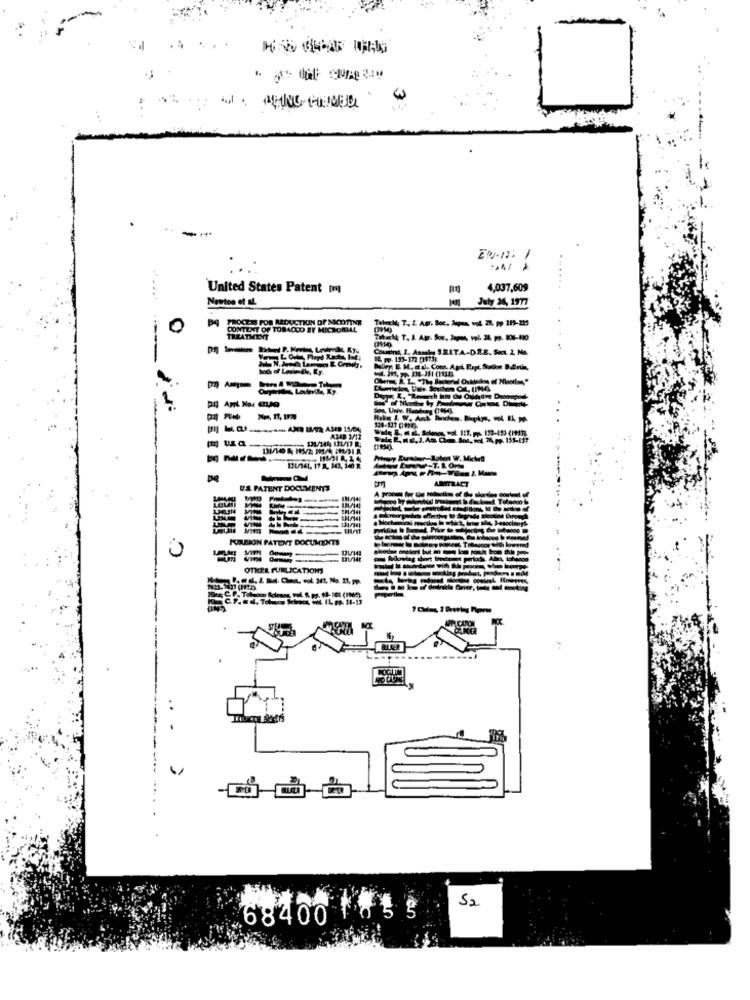
....
EN-12: 1
United States Patent [my
4,037,609
Newton et al.
July 26, 1977
Bq PROCESS FOR REDUCTION DP NICOTINE
Tubecki; T ., Z AE. Soc. Japan, vol. 22, pp 219-235
0
CONTIENT OF TOBACCO BY MICHORIAL
TREATMENT
-
boch of Lovedk, Ey.
AZ4D 3/12
AMTTILACT
U.S. PATENT DOCUMENTS
LOVASI
131/361
FORDION PATENT DOCUMENTS
----
OTHER PUBLICATIONS
52
68400 to5 g